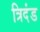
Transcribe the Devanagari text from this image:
त्रिदंड